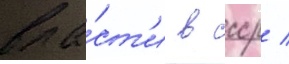
вла́ст'и в ссср /